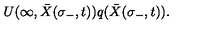
U ( \infty , { \bar { X } } ( \sigma _ { - } , t ) ) q ( { \bar { X } } ( \sigma _ { - } , t ) ) .